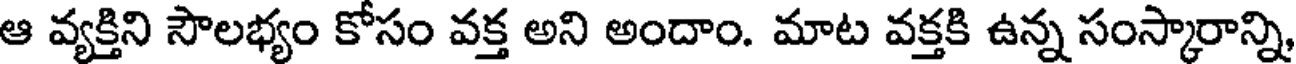
ఆ వ్యక్తిని సౌలభ్యం కోసం వక్త అని అందాం. మాట వక్తకి ఉన్న సంస్కారాన్ని